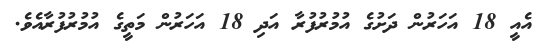
އެއީ 18 އަހަރުން ދަށުގެ އުމުރުފުރާ އަދި 18 އަހަރުން މަތީގެ އުމުރުފުރާއެވެ.